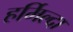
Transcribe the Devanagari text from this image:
हर्मिल्दा